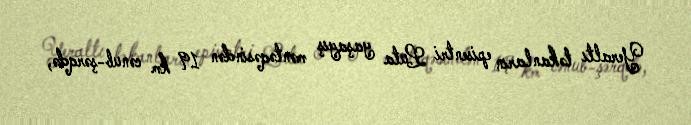
Yeraltı təkanların episentri Luta yaşayış məntəqəsindən 19 km cənub-şərqdə,